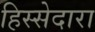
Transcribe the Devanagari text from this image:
हिस्सेदारा